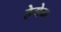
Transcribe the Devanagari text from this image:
हेगेम